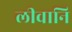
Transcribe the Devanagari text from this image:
लीवानि